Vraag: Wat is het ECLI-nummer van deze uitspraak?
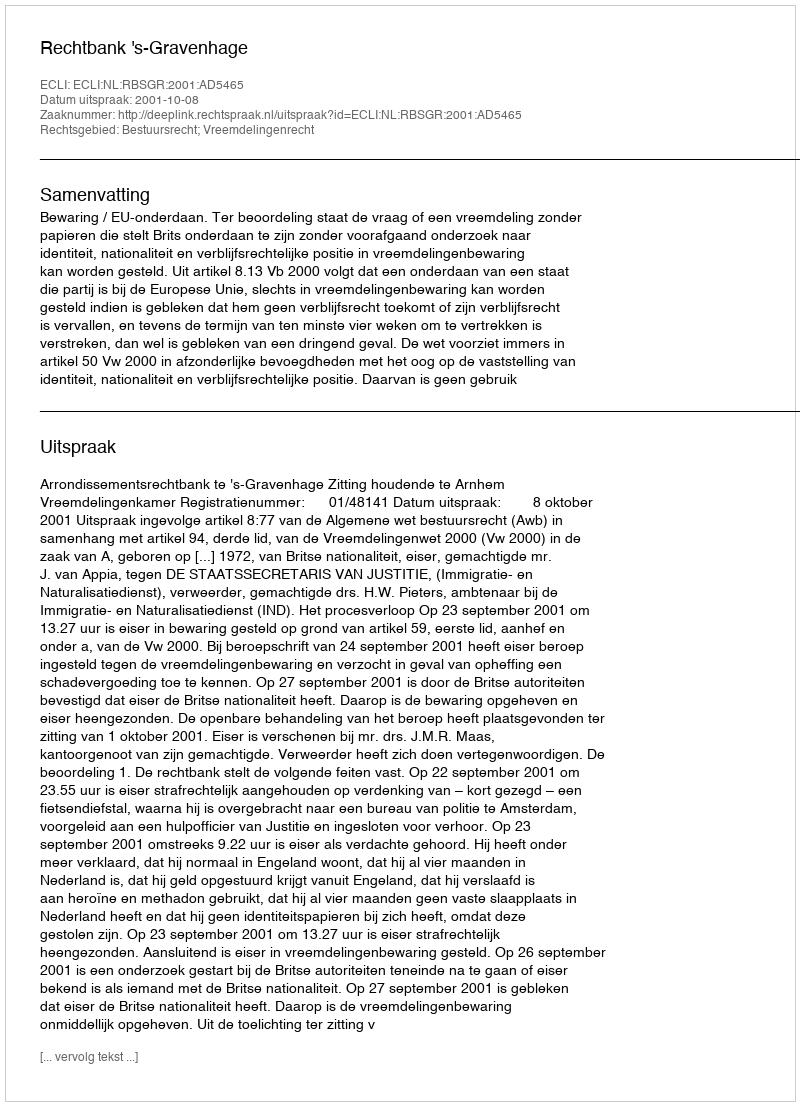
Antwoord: ECLI:NL:RBSGR:2001:AD5465